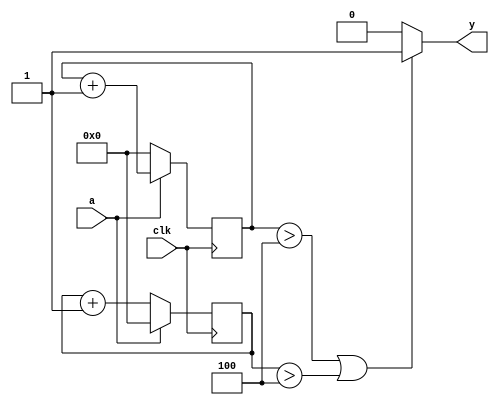
// Code your design here
module stable(input clk,a,output reg y);
  reg [4:0] x,m;
  always@(posedge clk) begin
    if(a) begin
      x <= x+1;
      m <= 0;
    end
    else if(!a)begin
      x <= 0;
      m <= m+1;
    end
  end
  always@(*) begin
    if (x > 4 || m > 4) y <= 1;
    else y <= 0;
  end
endmodule